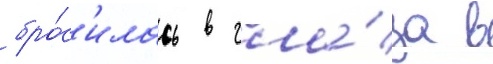
бро́с'илась в гла́за в